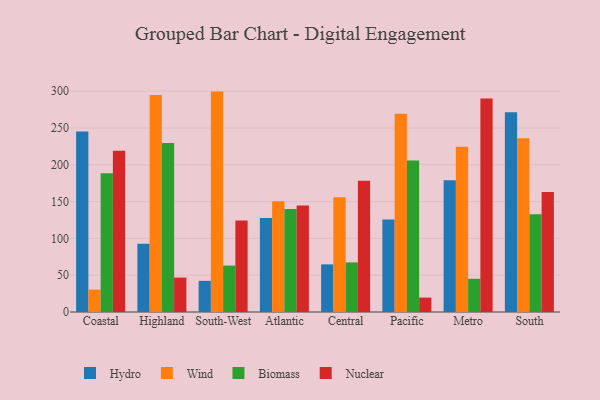
{"axis": {"x": "Region", "y": "Budget (USD K)"}, "legend": ["Biomass", "Hydro", "Nuclear", "Wind"], "data": [{"x": "Coastal", "y": 245.3, "type": "Hydro"}, {"x": "Coastal", "y": 30.5, "type": "Wind"}, {"x": "Coastal", "y": 188.5, "type": "Biomass"}, {"x": "Coastal", "y": 219.2, "type": "Nuclear"}, {"x": "Highland", "y": 92.8, "type": "Hydro"}, {"x": "Highland", "y": 294.9, "type": "Wind"}, {"x": "Highland", "y": 229.5, "type": "Biomass"}, {"x": "Highland", "y": 46.8, "type": "Nuclear"}, {"x": "South-West", "y": 42.3, "type": "Hydro"}, {"x": "South-West", "y": 299.5, "type": "Wind"}, {"x": "South-West", "y": 63.1, "type": "Biomass"}, {"x": "South-West", "y": 124.5, "type": "Nuclear"}, {"x": "Atlantic", "y": 127.8, "type": "Hydro"}, {"x": "Atlantic", "y": 150.6, "type": "Wind"}, {"x": "Atlantic", "y": 140.0, "type": "Biomass"}, {"x": "Atlantic", "y": 144.7, "type": "Nuclear"}, {"x": "Central", "y": 64.7, "type": "Hydro"}, {"x": "Central", "y": 156.0, "type": "Wind"}, {"x": "Central", "y": 67.4, "type": "Biomass"}, {"x": "Central", "y": 178.2, "type": "Nuclear"}, {"x": "Pacific", "y": 125.7, "type": "Hydro"}, {"x": "Pacific", "y": 269.3, "type": "Wind"}, {"x": "Pacific", "y": 206.0, "type": "Biomass"}, {"x": "Pacific", "y": 19.6, "type": "Nuclear"}, {"x": "Metro", "y": 179.0, "type": "Hydro"}, {"x": "Metro", "y": 224.6, "type": "Wind"}, {"x": "Metro", "y": 45.1, "type": "Biomass"}, {"x": "Metro", "y": 290.2, "type": "Nuclear"}, {"x": "South", "y": 271.5, "type": "Hydro"}, {"x": "South", "y": 236.0, "type": "Wind"}, {"x": "South", "y": 132.9, "type": "Biomass"}, {"x": "South", "y": 163.0, "type": "Nuclear"}]}